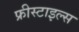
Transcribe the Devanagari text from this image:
फ्रीस्टाइल्स